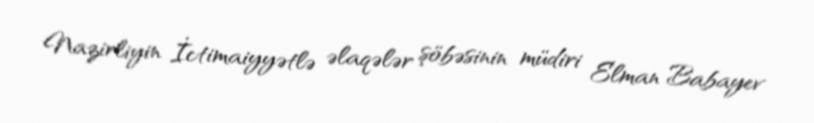
Nazirliyin İctimaiyyətlə əlaqələr şöbəsinin müdiri Elman Babayev